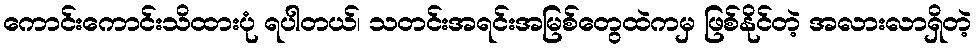
ကောင်းကောင်းသိထားပုံ ရပါတယ်၊ သတင်းအရင်းအမြစ်တွေထဲကမှ ဖြစ်နိုင်တဲ့ အလားလာရှိတဲ့